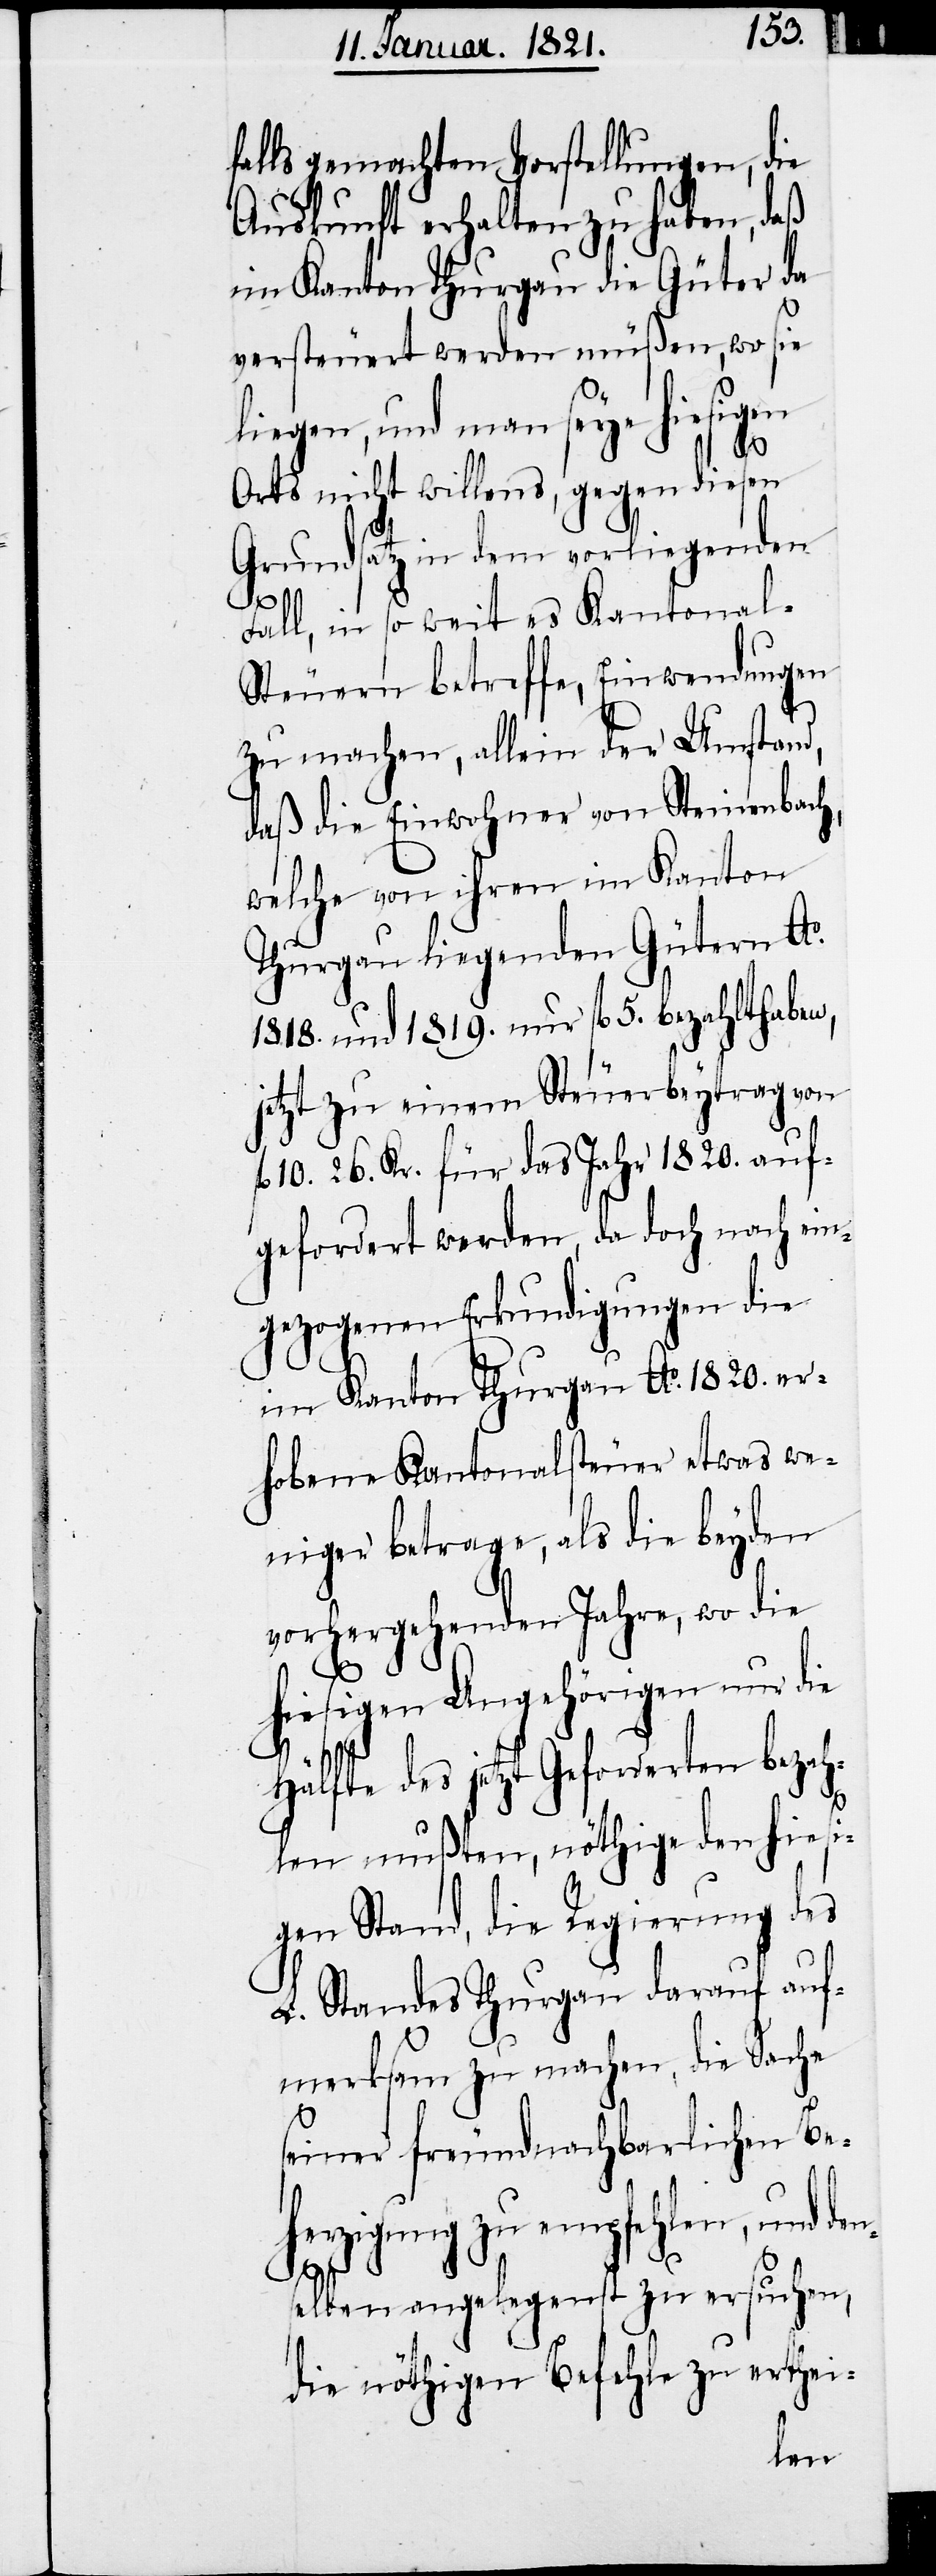
falls gemachten Vorstellungen, die
Auskunft erhalten zu haben, daß
im Kanton Thurgau die Güter da
versteuert werden müßen, so sie
liegen, und man seye hiesigen
dens¬
Ortes nicht willens, gegen diesen
Grundsatz in dem vorliegenden
Fall, so weit es Kantonal-S¬
teuern betreffe, Einwendungen
zu machen, allein der Umstand,
daß die Einwohner von Steinenbach,
welche von ihren im Kanton
Thurgau liegenden Gütern Ao.
1818. und 1819. nur fl. 5. bezahlt haben,
etzt zu einem Steuerbeytrag von
10. 26. Kr. für das Jahr 1820. auf¬
gefordert werden, da doch nach ein¬
gezogenen Erkundigungen die
im Kanton Thurgau Ao. 1820. er¬
hobenen Kantonalsteuer etwas we¬
niger betrage, als die beyden
vorhergehenden Jahre, wo die
hiesigen Angehörigen nur die
Hälfte des jetzt Geforderten
len mußten, nöthige den hiesi¬
gen Stand, die Regierung des
L. Standes Thurgau darauf auf¬
merksam zu machen, die Sache
seiner freundnachbarlichen Beh¬
erzigung zu empfehlen, und
elben angelegenst zu ersuchen,
die nöthigen Befehle zu ertheil-